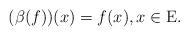
LaTeX: \begin{align*}(\beta (f))(x)=f(x),x\in {\rm E}.\end{align*}